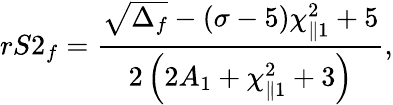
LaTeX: rS2_{f}=\frac{\sqrt{\Delta_{f}}-(\sigma-5)\chi_{\parallel 1}^{2}+5}{2\left(2A_{1}+\chi_{\parallel 1}^{2}+3\right)},